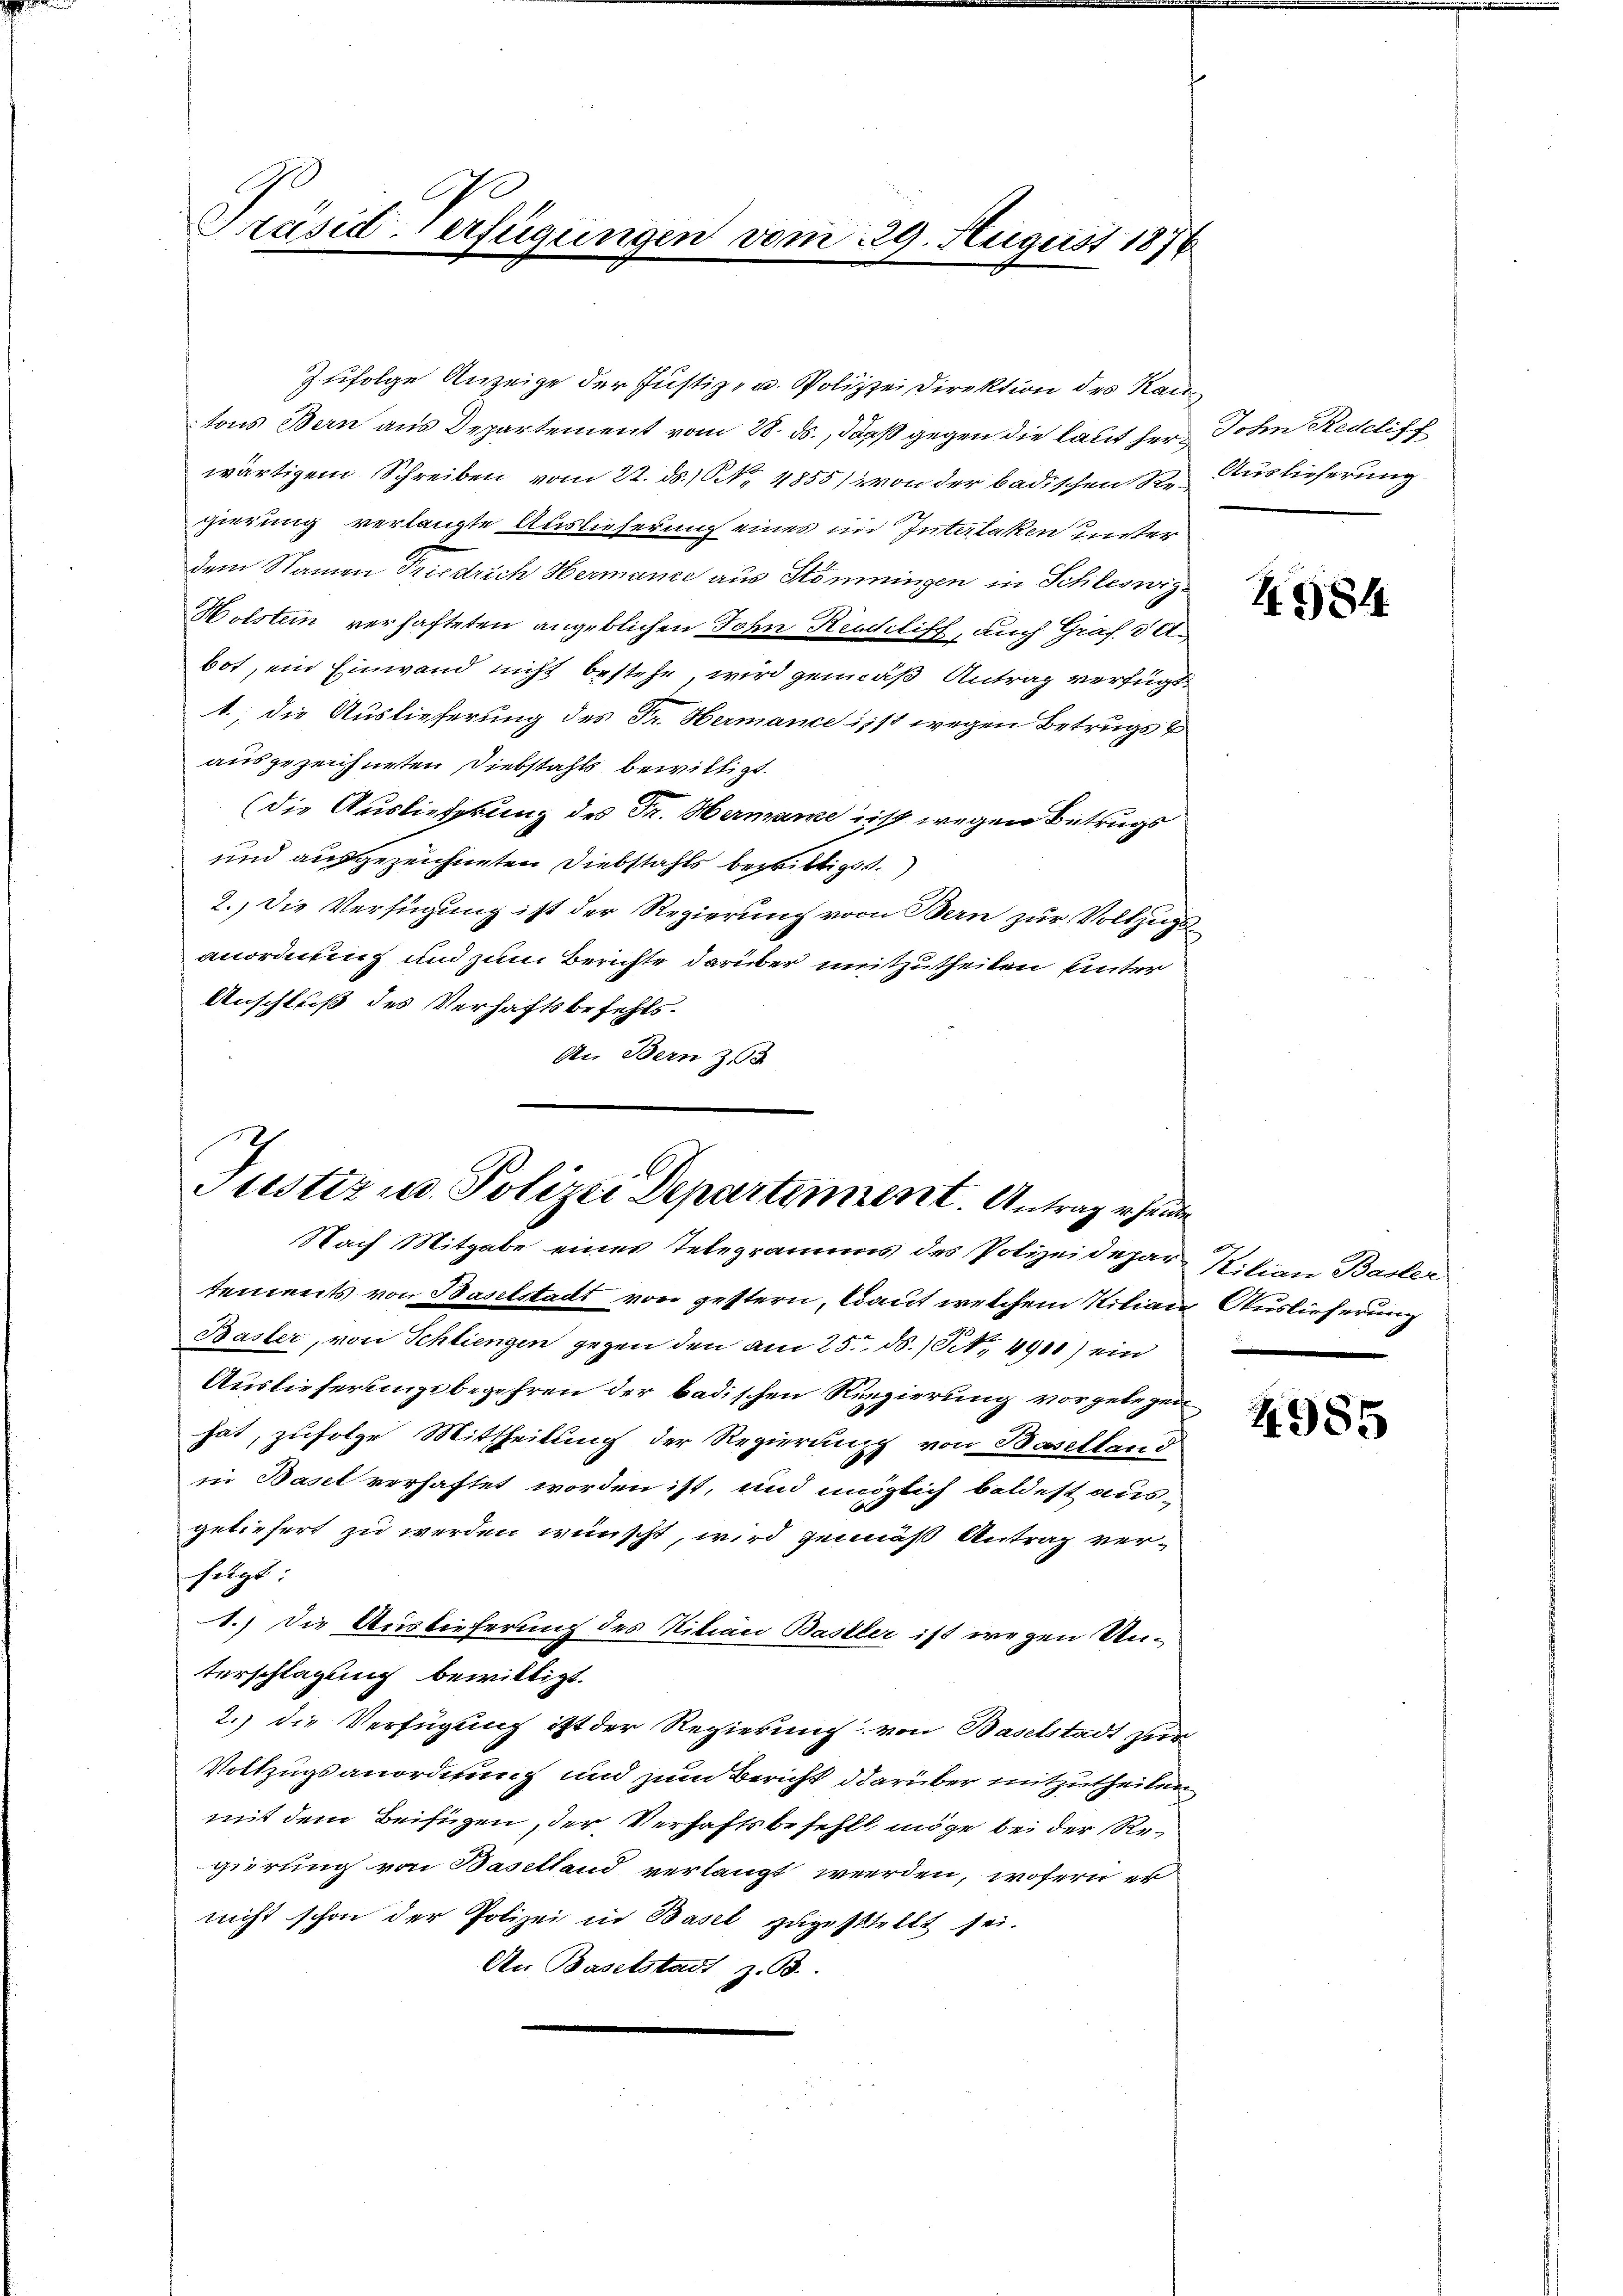
Präsid-Verfügungen vom 29. August 1876

Zufolge Anzeige der Justiz- u. Polizei Direktion des Rautons Bern aus Departement vom 28. ds., daß gegen die laut herz Sohn Redcliff
wärtigem Schreiben vom 22. ds. 1. 4855/ von der badischen S. Auslieferung
gierung verlangte Auslieferung eines im Interlaken unter
dem Namen Friedrich Hermance aus Stömningen in Schleswig
Holstein verhafteten angeblichen Sohn Reuchliff, auch Graf. 8 A.,
bot, ein Einwand nicht bestehe, wird gemäß Antrag verfügt
1., die Auslieferung des Fr. Hermance ist wegen Betrugs &
ausgezeichneten Diebstahls bewilligt.
(die Auslieferung des Fr. Hermane ist wegen Betrugs
und ausgezeichneten Diebstahls bewilligt.
2.) Die Verfügung ist der Regierung vom Bern zur Vollzugsanordnung und zum Berichte darüber mitzutheilen unter
Anschluß des Verhaftsbefehls.
An Bern z

Justiz u. Polizei Departement. Antrag eine
Nach Mitgabe eines Telegramms des Polizeidepar- Ritian Basler

tements von Baselstadt von gestern, laut welchem Silian Auslieferung
Basler, von Schliengen gegen den am 25. d. 1. 4910) ein
Auslieferungsbegehren der badischen Regierung vorgelegen
hat, zufolge Mittheilung der Regierung von Baselland
in Basel verhaftet worden ist, und möglich baldest aus-
geliefert zu werden wünscht, wird gemäß Antrag verfolgt.
1.) Die Auslieferung des Nitian Basler ist wegen Unterschlagung bewilligt.
2.) die Verfügung ist der Regierung von Baselstadt zur
Vollzugsanordnung und zum Bericht darüber mitzutheilen
mit dem Beifügen, der Verhaftsbefehlt möge bei der Regierung von Baselland verlangt werden, wofern er
nicht schon der Polizei in Basel zugestellt sei.
An Baselstadt z. B.

I984.

4955